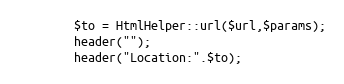
Language: PHP
        $to = HtmlHelper::url($url,$params);
        header("");
        header("Location:".$to);